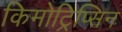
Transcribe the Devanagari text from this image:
किमोट्रिप्सिन